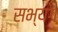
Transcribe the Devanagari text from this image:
सभ्यग